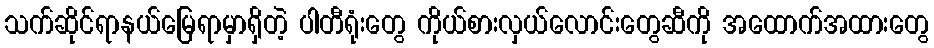
သက်ဆိုင်ရာနယ်မြေရာမှာရှိတဲ့ ပါတီရုံးတွေ ကိုယ်စားလှယ်လောင်းတွေဆီကို အထောက်အထားတွေ